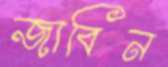
জাবিন